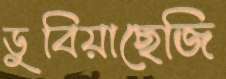
ডুবিয়াছেজি